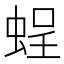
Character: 𧋸